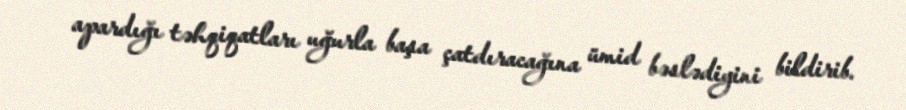
apardığı təhqiqatları uğurla başa çatdıracağına ümid bəslədiyini bildirib.